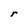
Character: r